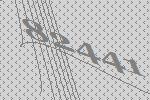
82441